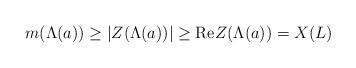
LaTeX: \begin{align*}m(\Lambda(a))\geq|Z(\Lambda(a))|\geq \mathrm{Re}Z(\Lambda(a))=X(L)\end{align*}